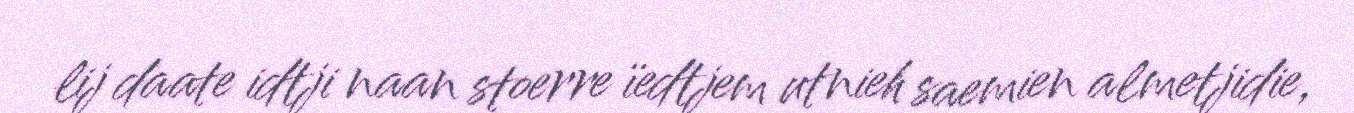
lij daate idtji naan stoerre ïedtjem utnieh saemien almetjidie,